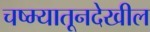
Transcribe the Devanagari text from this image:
चष्म्यातूनदेखील